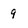
Character: 9